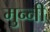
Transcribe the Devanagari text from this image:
मुन्‍नी